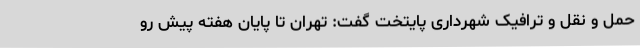
حمل و نقل و ترافیک شهرداری پایتخت گفت: تهران تا پایان هفته پیش رو